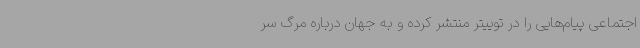
اجتماعی پیام‌هایی را در توییتر منتشر کرده و به جهان درباره مرگ سر